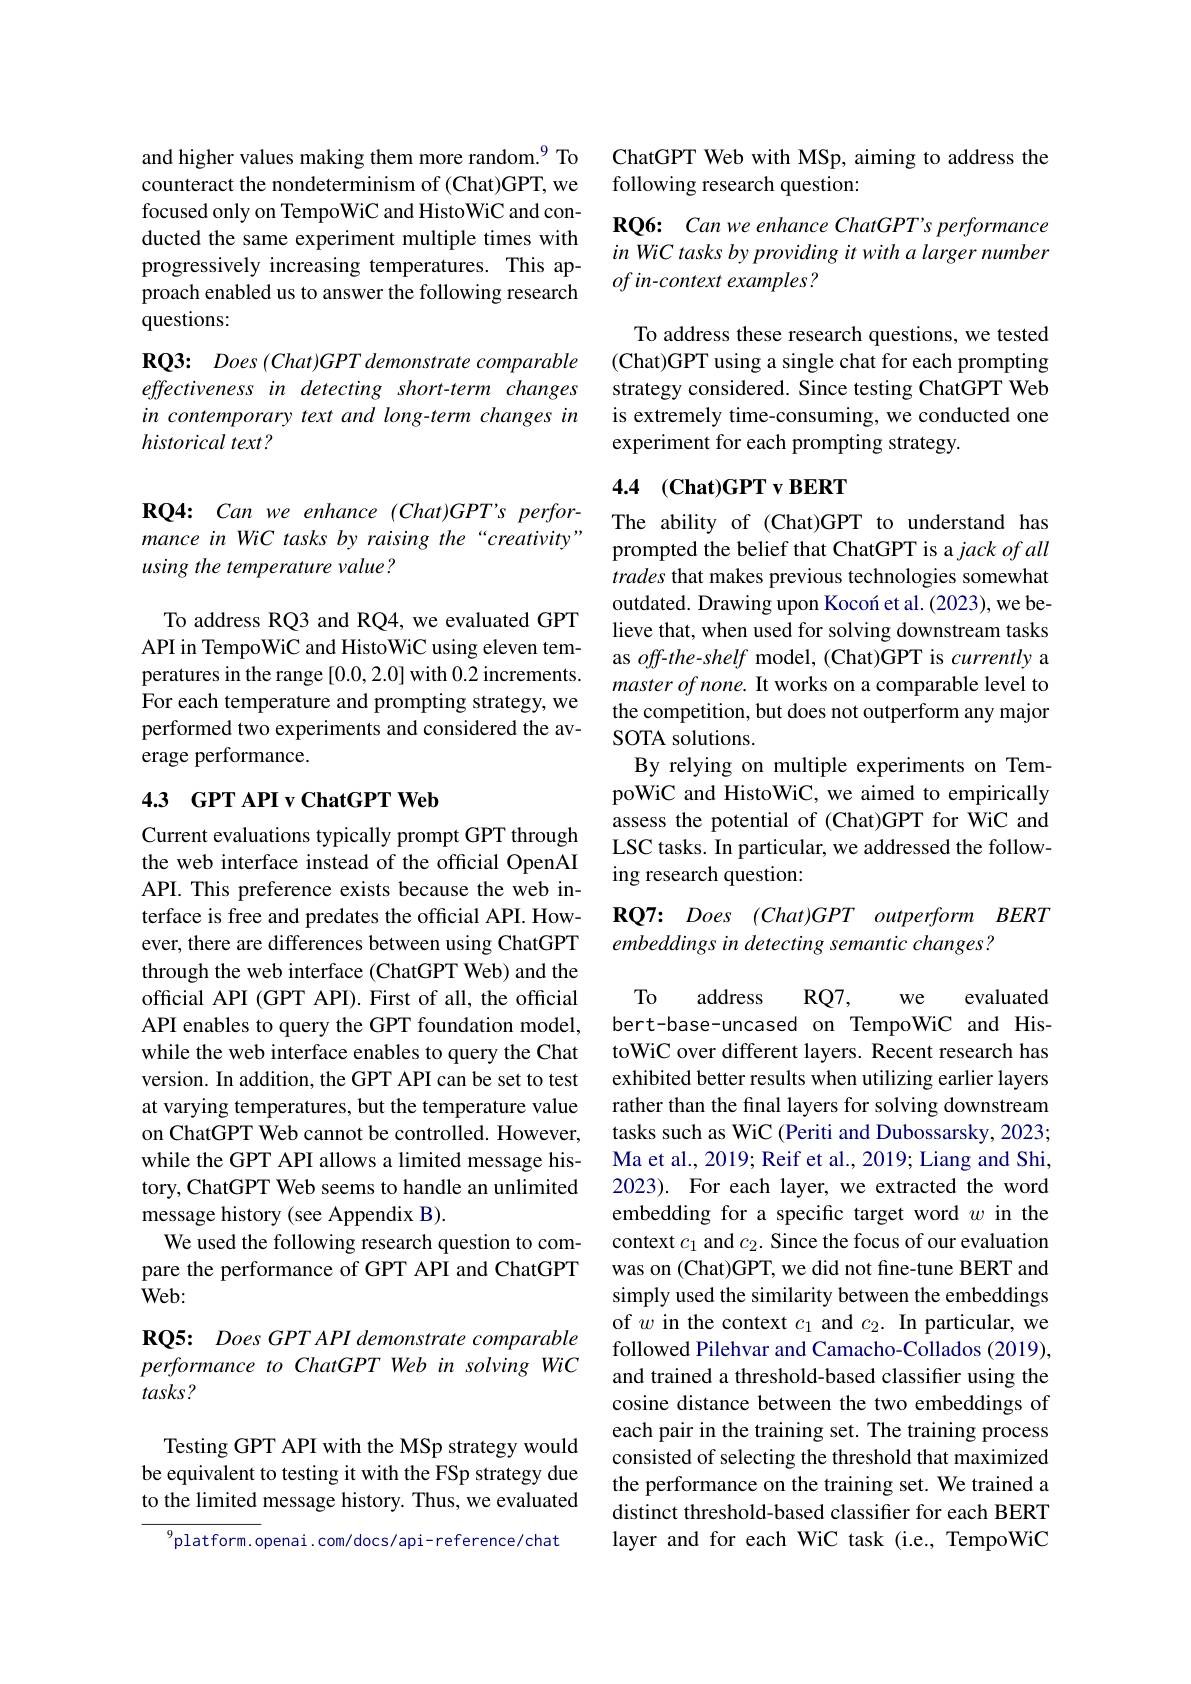
and higher values making them more random.$^{9}$ To counteract the nondeterminism of (Chat)GPT, we focused only on TempoWiC and HistoWiC and conducted the same experiment multiple times with progressively increasing temperatures. This approach enabled us to answer the following research questions:

RQ3: Does (Chat)GPT demonstrate comparable effectiveness in detecting short-term changes in contemporary text and long-term changes in historical text ?

RQ4: Can we enhance (Chat)GPT's performance in WiC tasks by raising the“creativity” using the temperature value?

To address RQ3 and RQ4, we evaluated GPT API in TempoWiC and HistoWiC using eleven temperatures in the range [0.0,2.0] with 0.2 increments. For each temperature and prompting strategy, we performed two experiments and considered the average performance.

## 4.3 GPT API v ChatGPT Web

Current evaluations typically prompt GPT through the web interface instead of the official OpenAI API. This preference exists because the web interface is free and predates the official API. However, there are differences between using ChatGPT through the web interface (ChatGPT Web) and the official API (GPT API). First of all, the official API enables to query the GPT foundation model, while the web interface enables to query the Chat version. In addition, the GPT API can be set to test at varying temperatures, but the temperature value on ChatGPT Web cannot be controlled. However, while the GPT API allows a limited message history, ChatGPT Web seems to handle an unlimited message history (see Appendix B).
We used the following research question to compare the performance of GPT API and ChatGPT Web:

RQ5: Does GPT API demonstrate comparable performance to ChatGPT Web in solving WiC tasks?

Testing GPT API with the MSp strategy would be equivalent to testing it with the FSp strategy due to the limited message history. Thus, we evaluated

$^{9}$platform.openai.com/docs/api-reference/chat

## ChatGPT Web with MSp, aiming to address the following research question:

RQ6: Can we enhance ChatGPT's performance in WiC tasks by providing it with a larger number of in-context examples?

To address these research questions, we tested (Chat)GPT using a single chat for each prompting strategy considered. Since testing ChatGPT Web is extremely time-consuming, we conducted one experiment for each prompting strategy.

## 4.4 $( \textbf{Chat}) \textbf{GPT v BERT}$

The ability of (Chat)GPT to understand has prompted the belief that ChatGPT is a jack of all trades that makes previous technologies somewhat outdated. Drawing upon Kocon et al. (2023), we believe that, when used for solving downstream tasks as off-the-shelf model, (Chat)GPT is currently a master of none. It works on a comparable level to the competition, but does not outperform any major SOTA solutions.
By relying on multiple experiments on TempoWiC and HistoWiC, we aimed to empirically assess the potential of (Chat)GPT for WiC and LSC tasks. In particular, we addressed the following research question:

$\mathbf{RQ}7{: }$ Does $( Chat) GPT$ outperform $BERT$
embeddings in detecting semantic changes?

evaluated

To
address
$RQ7$,
We
bert-base-uncased on TempoWiC and HistoWiC over different layers. Recent research has exhibited better results when utilizing earlier layers rather than the final layers for solving downstream tasks such as WiC (Periti and Dubossarsky, 2023; Ma et al., 2019; Reif et al., 2019; Liang and Shi, 2023). For each layer, we extracted the word embedding for a specific target word $w$ in the context $c_1$ and $c_2.$ Since the focus of our evaluation was on (Chat)GPT, we did not fine-tune BERT and simply used the similarity between the embeddings of $w$ in the context $c_1$ and $c_2.$ In particular, we followed Pilehvar and Camacho-Collados (2019), and trained a threshold-based classiffer using the cosine distance between the two embeddings of each pair in the training set. The training process consisted of selecting the threshold that maximized the performance on the training set. We trained a distinct threshold-based classifier for each BERT layer and for each WiC task (i.e., TempoWiC